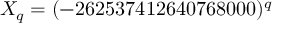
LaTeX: X _ { q } = ( - 2 6 2 5 3 7 4 1 2 6 4 0 7 6 8 0 0 0 ) ^ { q }